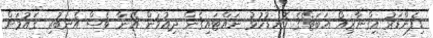
ޑިފެންޑަރު އިގްނާޒިއޯ އަބަޓޭގެ ކޮނޑުހުޅު ނައްޓައިގެން ދިއުމުން އޭނާ ވެސް އެނބުރި ގައުމަށް